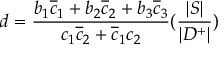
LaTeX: d = { \frac { b _ { 1 } \overline { { c } } _ { 1 } + b _ { 2 } \overline { { c } } _ { 2 } + b _ { 3 } \overline { { c } } _ { 3 } } { c _ { 1 } \overline { { c } } _ { 2 } + \overline { { c } } _ { 1 } c _ { 2 } } } ( { \frac { | S | } { | D ^ { + } | } } )